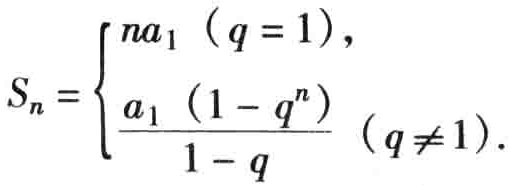
\[S_{n}=\begin{cases}
na_{1}&(q = 1),\\
\frac{a_{1}(1 - q^{n})}{1 - q}&(q\neq1).
\end{cases}\]